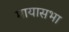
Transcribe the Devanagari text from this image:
मायासभा